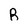
Character: R